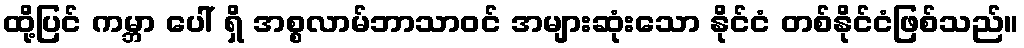
ထို့ပြင် ကမ္ဘာ ပေါ် ရှိ အစ္စလာမ်ဘာသာဝင် အများဆုံးသော နိုင်ငံ တစ်နိုင်ငံဖြစ်သည်။